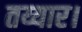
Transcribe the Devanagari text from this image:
तय्यार।